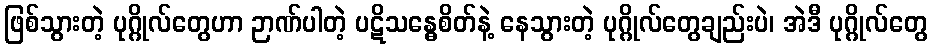
ဖြစ်သွားတဲ့ ပုဂ္ဂိုလ်တွေဟာ ဉာဏ်ပါတဲ့ ပဋိသန္ဓေစိတ်နဲ့ နေသွားတဲ့ ပုဂ္ဂိုလ်တွေချည်းပဲ၊ အဲဒီ ပုဂ္ဂိုလ်တွေ